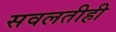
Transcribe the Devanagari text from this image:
सवलतीही